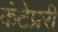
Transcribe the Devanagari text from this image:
कंटेप्ररी